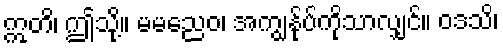
ဣတိ၊ ဤသို့။ မမညေဝ၊ အကျွန်ုပ်ကိုသာလျှင်။ ဝဒသိ၊